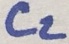
Text: C2